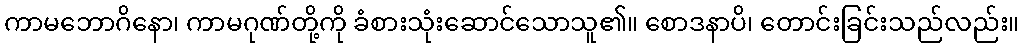
ကာမဘောဂိနော၊ ကာမဂုဏ်တို့ကို ခံစားသုံးဆောင်သောသူ၏။ စောဒနာပိ၊ တောင်းခြင်းသည်လည်း။